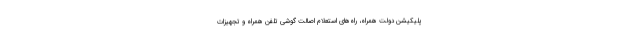
پلیکیشن دولت همراه، راه‌های استعلام اصالت گوشی تلفن همراه و تجهیزات